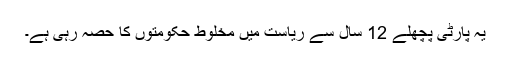
یہ پارٹی پچھلے 12 سال سے ریاست میں مخلوط حکومتوں کا حصہ رہی ہے۔